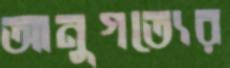
আনুগত্যের